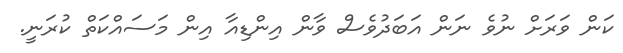
ކަން ވަރަށް ނުވެ ނަން އަބަދުވެސް ވާން އިންޑިއާ އިން މަސައްކަތް ކުރަނީ.